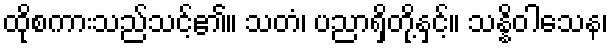
ထိုစကားသည်သင့်၏။ သတံ၊ ပညာရှိတို့နှင့်။ သန္နိဝါသေန၊